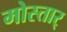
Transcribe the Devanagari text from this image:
मोस्तार्